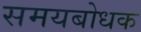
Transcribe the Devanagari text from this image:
समयबोधक